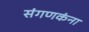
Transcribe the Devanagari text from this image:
संगणकंना